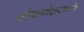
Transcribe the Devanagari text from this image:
बौघापोखराथोक